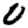
Digit: 0